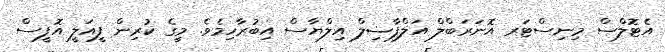
އެޓޮލްސް މިނިސްޓަރ އޮނަރަބްލް އަލްފާޟިލް އިލްޔާސް އިބުރާހިމެވެ. މީގެ ކުރިން ފީއަލީ އޮފީސް